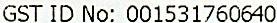
GST ID NO: 001531760640